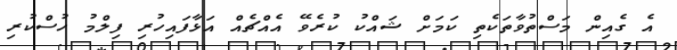
އެ ގެއިން މަސްތުވާތަކެތި ކަމަށް ޝައްކު ކުރެވޭ އެއްޗެއް އަޅާފައިހުރި ފިލްމު ހުސްކުރި